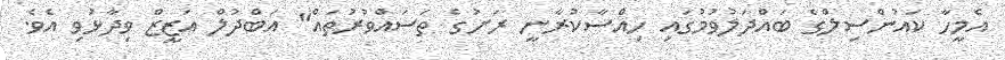
އެމީހާ ކައުންސިލްގެ ބައްދަލުވުމުގައި ހިއްސާކުރާނީ ރަށުގެ ތަސައްވުރުތައް" އަބްދުލް އަޒީޒް ވިދާޅުވި އެވެ.